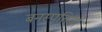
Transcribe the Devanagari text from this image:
बनस्पतियां